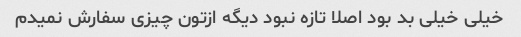
خیلی خیلی بد بود اصلا تازه نبود دیگه ازتون چیزی سفارش نمیدم